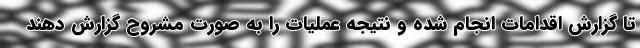
تا گزارش اقدامات انجام شده و نتیجه عملیات را به صورت مشروح گزارش دهند